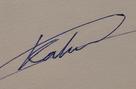
Signature authenticity: genuine